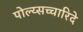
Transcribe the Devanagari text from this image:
पोल्य्सच्चारिदे